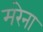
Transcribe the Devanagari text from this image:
मरेना